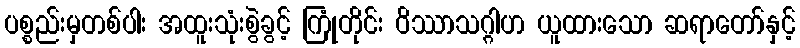
ပစ္စည်းမှတစ်ပါး အထူးသုံးစွဲခွင့် ကြုံတိုင်း ဝိဿာသဂ္ဂါဟ ယူထားသော ဆရာတော်နှင့်